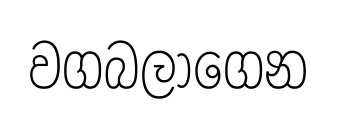
වගබලාගෙන